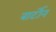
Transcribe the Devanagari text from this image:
बार्टोन